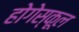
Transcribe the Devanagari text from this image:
होगेस्कूल